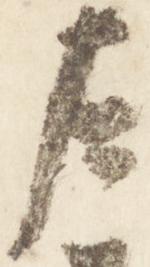
左